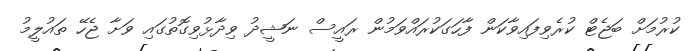
ކުރުމަށް ބަޖެޓް ކުރެވިފައިވާކަން ފާހަގަކުރައްވަމުން ރައީސް ނަޝީދު ވިދާޅުވިގޮތުގައި ވަށާ ޖެހޭ ތައުލީމު